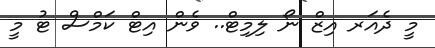
މީ ދެއަރ އިޒް ނޯ ލިމިޓް.. ވެން އިޓް ކަމްސް ޓު މީ